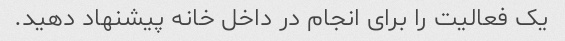
یک فعالیت را برای انجام در داخل خانه پیشنهاد دهید.